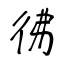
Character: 彿